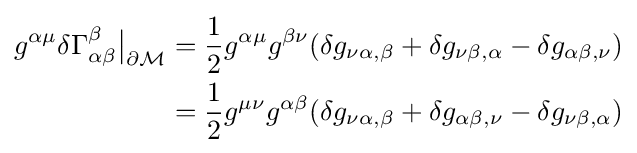
{\begin{aligned}g^{\alpha \mu }\delta \Gamma _{\alpha \beta }^{\beta }{\big |}_{\partial {\mathcal {M}}}&={1 \over 2}g^{\alpha \mu }g^{\beta \nu }(\delta g_{\nu \alpha ,\beta }+\delta g_{\nu \beta ,\alpha }-\delta g_{\alpha \beta ,\nu })\\&={1 \over 2}g^{\mu \nu }g^{\alpha \beta }(\delta g_{\nu \alpha ,\beta }+\delta g_{\alpha \beta ,\nu }-\delta g_{\nu \beta ,\alpha })\end{aligned}}